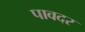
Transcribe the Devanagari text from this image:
पावदर